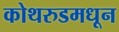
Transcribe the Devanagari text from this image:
कोथरुडमधून